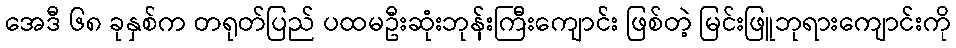
အေဒီ ၆၈ ခုနှစ်က တရုတ်ပြည် ပထမဦးဆုံးဘုန်းကြီးကျောင်း ဖြစ်တဲ့ မြင်းဖြူဘုရားကျောင်းကို